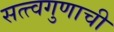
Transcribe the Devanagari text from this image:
सत्त्वगुणाची